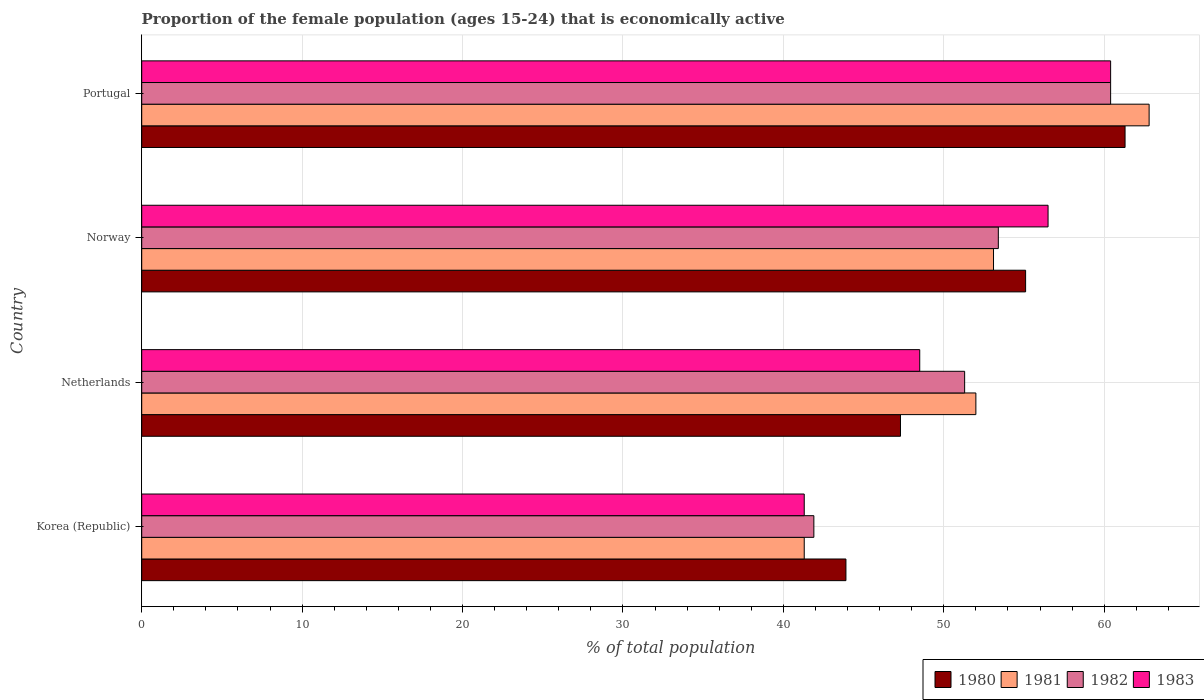
| Country | 1980 | 1981 | 1982 | 1983 |
 | --- | --- | --- | --- | --- |
 | Korea (Republic) | 43.9 | 41.3 | 41.9 | 41.3 |
 | Netherlands | 47.3 | 52 | 51.3 | 48.5 |
 | Norway | 55.1 | 53.1 | 53.4 | 56.5 |
 | Portugal | 61.3 | 62.8 | 60.4 | 60.4 |